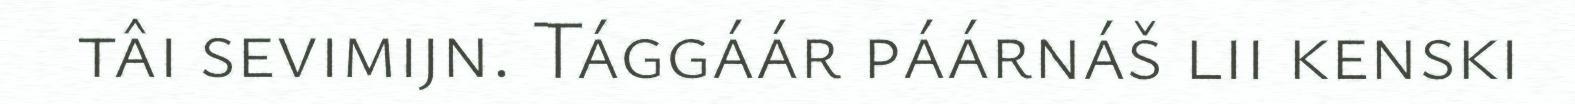
tâi sevimijn. Tággáár páárnáš lii kenski